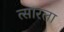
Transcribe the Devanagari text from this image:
त्सारला